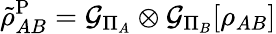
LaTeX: \tilde{\rho}_{AB}^{\mathrm{P}}=\mathcal{G}_{\Pi_{A}}\otimes\mathcal{G}_{\Pi_{B}}[\rho_{AB}]